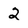
Character: 2